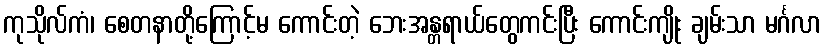
ကုသိုလ်ကံ၊ စေတနာတို့ကြောင့်မ ကောင်းတဲ့ ဘေးအန္တရာယ်တွေကင်းပြီး ကောင်းကျိုး ချမ်းသာ မင်္ဂလာ